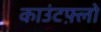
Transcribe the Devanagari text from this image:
काउंटफ़्लो